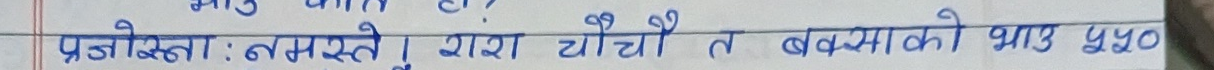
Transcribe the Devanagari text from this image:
प्रश्नकर्ता : नमस्ते । बारा ट्यौँ त बक्समाको भाग ५४०